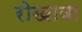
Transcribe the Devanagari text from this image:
रोखावा